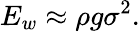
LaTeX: E_{w}\approx\rho g\sigma^{2}.